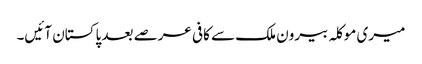
میری موکلہ بیرون ملک سے کافی عرصے بعد پاکستان آئیں۔